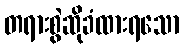
တရားစွဲဆိုခံထားရသော